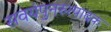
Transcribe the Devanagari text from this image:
सवयंपुनरुत्पादक